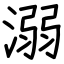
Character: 溺